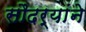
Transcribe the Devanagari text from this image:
सौदर्यांने